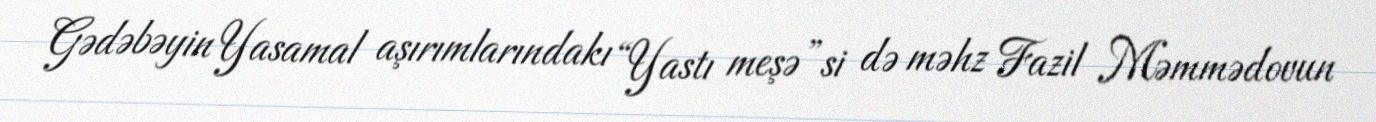
Gədəbəyin Yasamal aşırımlarındakı “Yastı meşə”si də məhz Fazil Məmmədovun